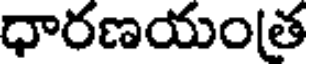
ధారణయంత